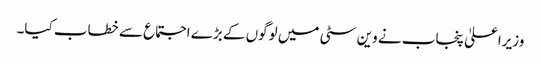
وزیراعلیٰ پنجاب نے وین سٹی میں لوگوں کے بڑے اجتماع سے خطاب کیا۔